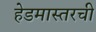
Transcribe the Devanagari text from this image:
हेडमास्तरची